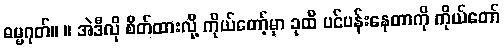
ဓမ္မဂုတ်။ ။ အဲဒီလို စိတ်ထားလို့ ကိုယ်တော့်မှာ ခုထိ ပင်ပန်းနေတာကို ကိုယ်တော်